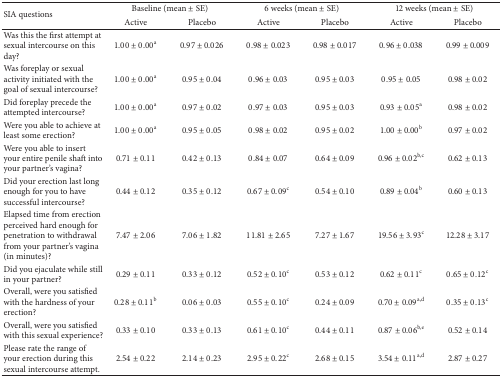
<table><thead><tr><td rowspan="2"><b>SIA questions</b></td><td colspan="2"><b>Baseline (mean ± SE)</b></td><td colspan="2"><b>6 weeks (mean ± SE)</b></td><td colspan="2"><b>12 weeks (mean ± SE)</b></td></tr><tr><td><b>Active</b></td><td><b>Placebo</b></td><td><b>Active</b></td><td><b>Placebo</b></td><td><b>Active</b></td><td><b>Placebo</b></td></tr></thead><tbody><tr><td>Was this the first attempt at sexual intercourse on this day?</td><td>1.00 ± 0.00<sup>a</sup></td><td>0.97 ± 0.026</td><td>0.98 ± 0.023</td><td>0.98 ± 0.017</td><td>0.96 ± 0.038</td><td>0.99 ± 0.009</td></tr><tr><td>Was foreplay or sexual activity initiated with the goal of sexual intercourse?</td><td>1.00 ± 0.00<sup>a</sup></td><td>0.95 ± 0.04</td><td>0.96 ± 0.03</td><td>0.95 ± 0.03</td><td>0.95 ± 0.05</td><td>0.98 ± 0.02</td></tr><tr><td>Did foreplay precede the attempted intercourse?</td><td>1.00 ± 0.00<sup>a</sup></td><td>0.97 ± 0.02</td><td>0.97 ± 0.03</td><td>0.95 ± 0.03</td><td>0.93 ± 0.05<sup>a</sup></td><td>0.98 ± 0.02</td></tr><tr><td>Were you able to achieve at least some erection?</td><td>1.00 ± 0.00<sup>a</sup></td><td>0.95 ± 0.05</td><td>0.98 ± 0.02</td><td>0.95 ± 0.02</td><td>1.00 ± 0.00<sup>b</sup></td><td>0.97 ± 0.02</td></tr><tr><td>Were you able to insert your entire penile shaft into your partner&#x27;s vagina?</td><td>0.71 ± 0.11</td><td>0.42 ± 0.13</td><td>0.84 ± 0.07</td><td>0.64 ± 0.09</td><td>0.96 ± 0.02<sup>b,c</sup></td><td>0.62 ± 0.13</td></tr><tr><td>Did your erection last long enough for you to have successful intercourse?</td><td>0.44 ± 0.12</td><td>0.35 ± 0.12</td><td>0.67 ± 0.09<sup>c</sup></td><td>0.54 ± 0.10</td><td>0.89 ± 0.04<sup>b</sup></td><td>0.60 ± 0.13</td></tr><tr><td>Elapsed time from erection perceived hard enough for penetration to withdrawal from your partner&#x27;s vagina (in minutes)?</td><td>7.47 ± 2.06</td><td>7.06 ± 1.82</td><td>11.81 ± 2.65</td><td>7.27 ± 1.67</td><td>19.56 ± 3.93<sup>c</sup></td><td>12.28 ± 3.17</td></tr><tr><td>Did you ejaculate while still in your partner?</td><td>0.29 ± 0.11</td><td>0.33 ± 0.12</td><td>0.52 ± 0.10<sup>c</sup></td><td>0.53 ± 0.12</td><td>0.62 ± 0.11<sup>c</sup></td><td>0.65 ± 0.12<sup>c</sup></td></tr><tr><td>Overall, were you satisfied with the hardness of your erection?</td><td>0.28 ± 0.11<sup>b</sup></td><td>0.06 ± 0.03</td><td>0.55 ± 0.10<sup>c</sup></td><td>0.24 ± 0.09</td><td>0.70 ± 0.09<sup>a,d</sup></td><td>0.35 ± 0.13<sup>c</sup></td></tr><tr><td>Overall, were you satisfied with this sexual experience?</td><td>0.33 ± 0.10</td><td>0.33 ± 0.13</td><td>0.61 ± 0.10<sup>c</sup></td><td>0.44 ± 0.11</td><td>0.87 ± 0.06<sup>b,e</sup></td><td>0.52 ± 0.14</td></tr><tr><td>Please rate the range of your erection during this sexual intercourse attempt.</td><td>2.54 ± 0.22</td><td>2.14 ± 0.23</td><td>2.95 ± 0.22<sup>c</sup></td><td>2.68 ± 0.15</td><td>3.54 ± 0.11<sup>a,d</sup></td><td>2.87 ± 0.27</td></tr></tbody></table>